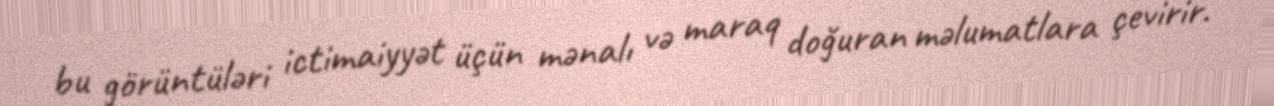
bu görüntüləri ictimaiyyət üçün mənalı və maraq doğuran məlumatlara çevirir.